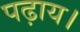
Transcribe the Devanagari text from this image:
पढ़ाय।